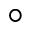
^ { \circ }